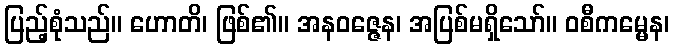
ပြည့်စုံသည်။ ဟောတိ၊ ဖြစ်၏။ အနဝဇ္ဇေန၊ အပြစ်မရှိသော်။ ဝစီကမ္မေန၊